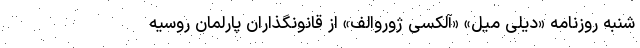
شنبه روزنامه «دیلی میل» «آلکسی ژوروالف» از قانونگذاران پارلمان روسیه